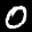
Digit: 0